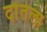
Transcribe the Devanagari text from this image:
दोंतेला